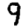
Digit: 9